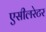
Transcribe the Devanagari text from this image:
एसीलरेटर